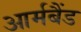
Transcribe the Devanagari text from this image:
आर्मबैंड